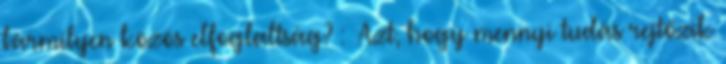
bármilyen közös elfoglaltság? : Azt, hogy mennyi tudás rejtőzik